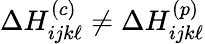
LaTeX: \Delta H_{ijk\ell}^{(c)}\neq\Delta H_{ijk\ell}^{(p)}